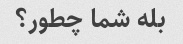
بله شما چطور؟